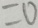
= 0